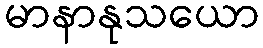
မာနာနုသယော